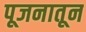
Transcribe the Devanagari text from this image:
पूजनातून